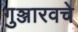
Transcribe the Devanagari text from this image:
गुञ्जारवचे